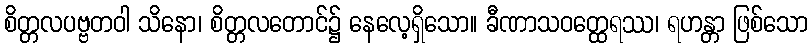
စိတ္တလပဗ္ဗတဝါ သိနော၊ စိတ္တလတောင်၌ နေလေ့ရှိသော။ ခီဏာသဝတ္ထေရဿ၊ ရဟန္တာ ဖြစ်သော